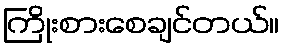
ကြိုးစားစေချင်တယ်။